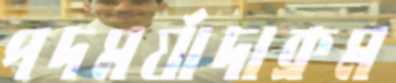
পদমর্যাদাক্রম